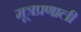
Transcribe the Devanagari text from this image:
मूत्रप्रणाली